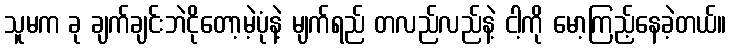
သူမက ခု ချက်ချင်းဘဲငိုတော့မဲ့ပုံနဲ့ မျက်ရည် တလည်လည်နဲ့ ငါ့ကို မော့ကြည့်နေခဲ့တယ်။